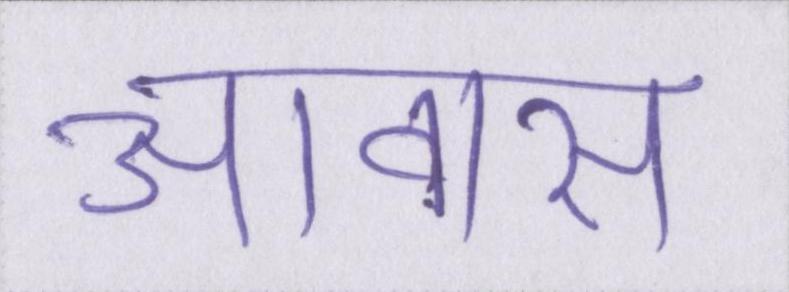
आवास